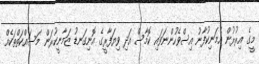
މީގެ އިރުރުން އެމަނިކުފާނު އިސްވެހުންނަވައި ކޮމާސް އަދި ވިޔަފާރީގެ އޮނިގަނޑު ޒަމާނީކުރަން މަސައްކަތްތަކެއް